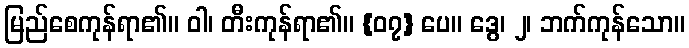
မြည်စေကုန်ရာ၏။ ဝါ၊ တီးကုန်ရာ၏။ {၀၇} ပေ။ ဒွေ၊ ၂၊ ဘက်ကုန်သော။